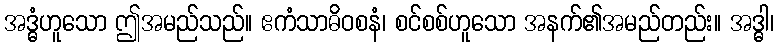
အဒ္ဓံဟူသော ဤအမည်သည်။ ဧကံသာဓိဝစနံ၊ စင်စစ်ဟူသော အနက်၏အမည်တည်း။ အဒ္ဓါ၊